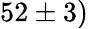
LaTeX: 52\pm 3)